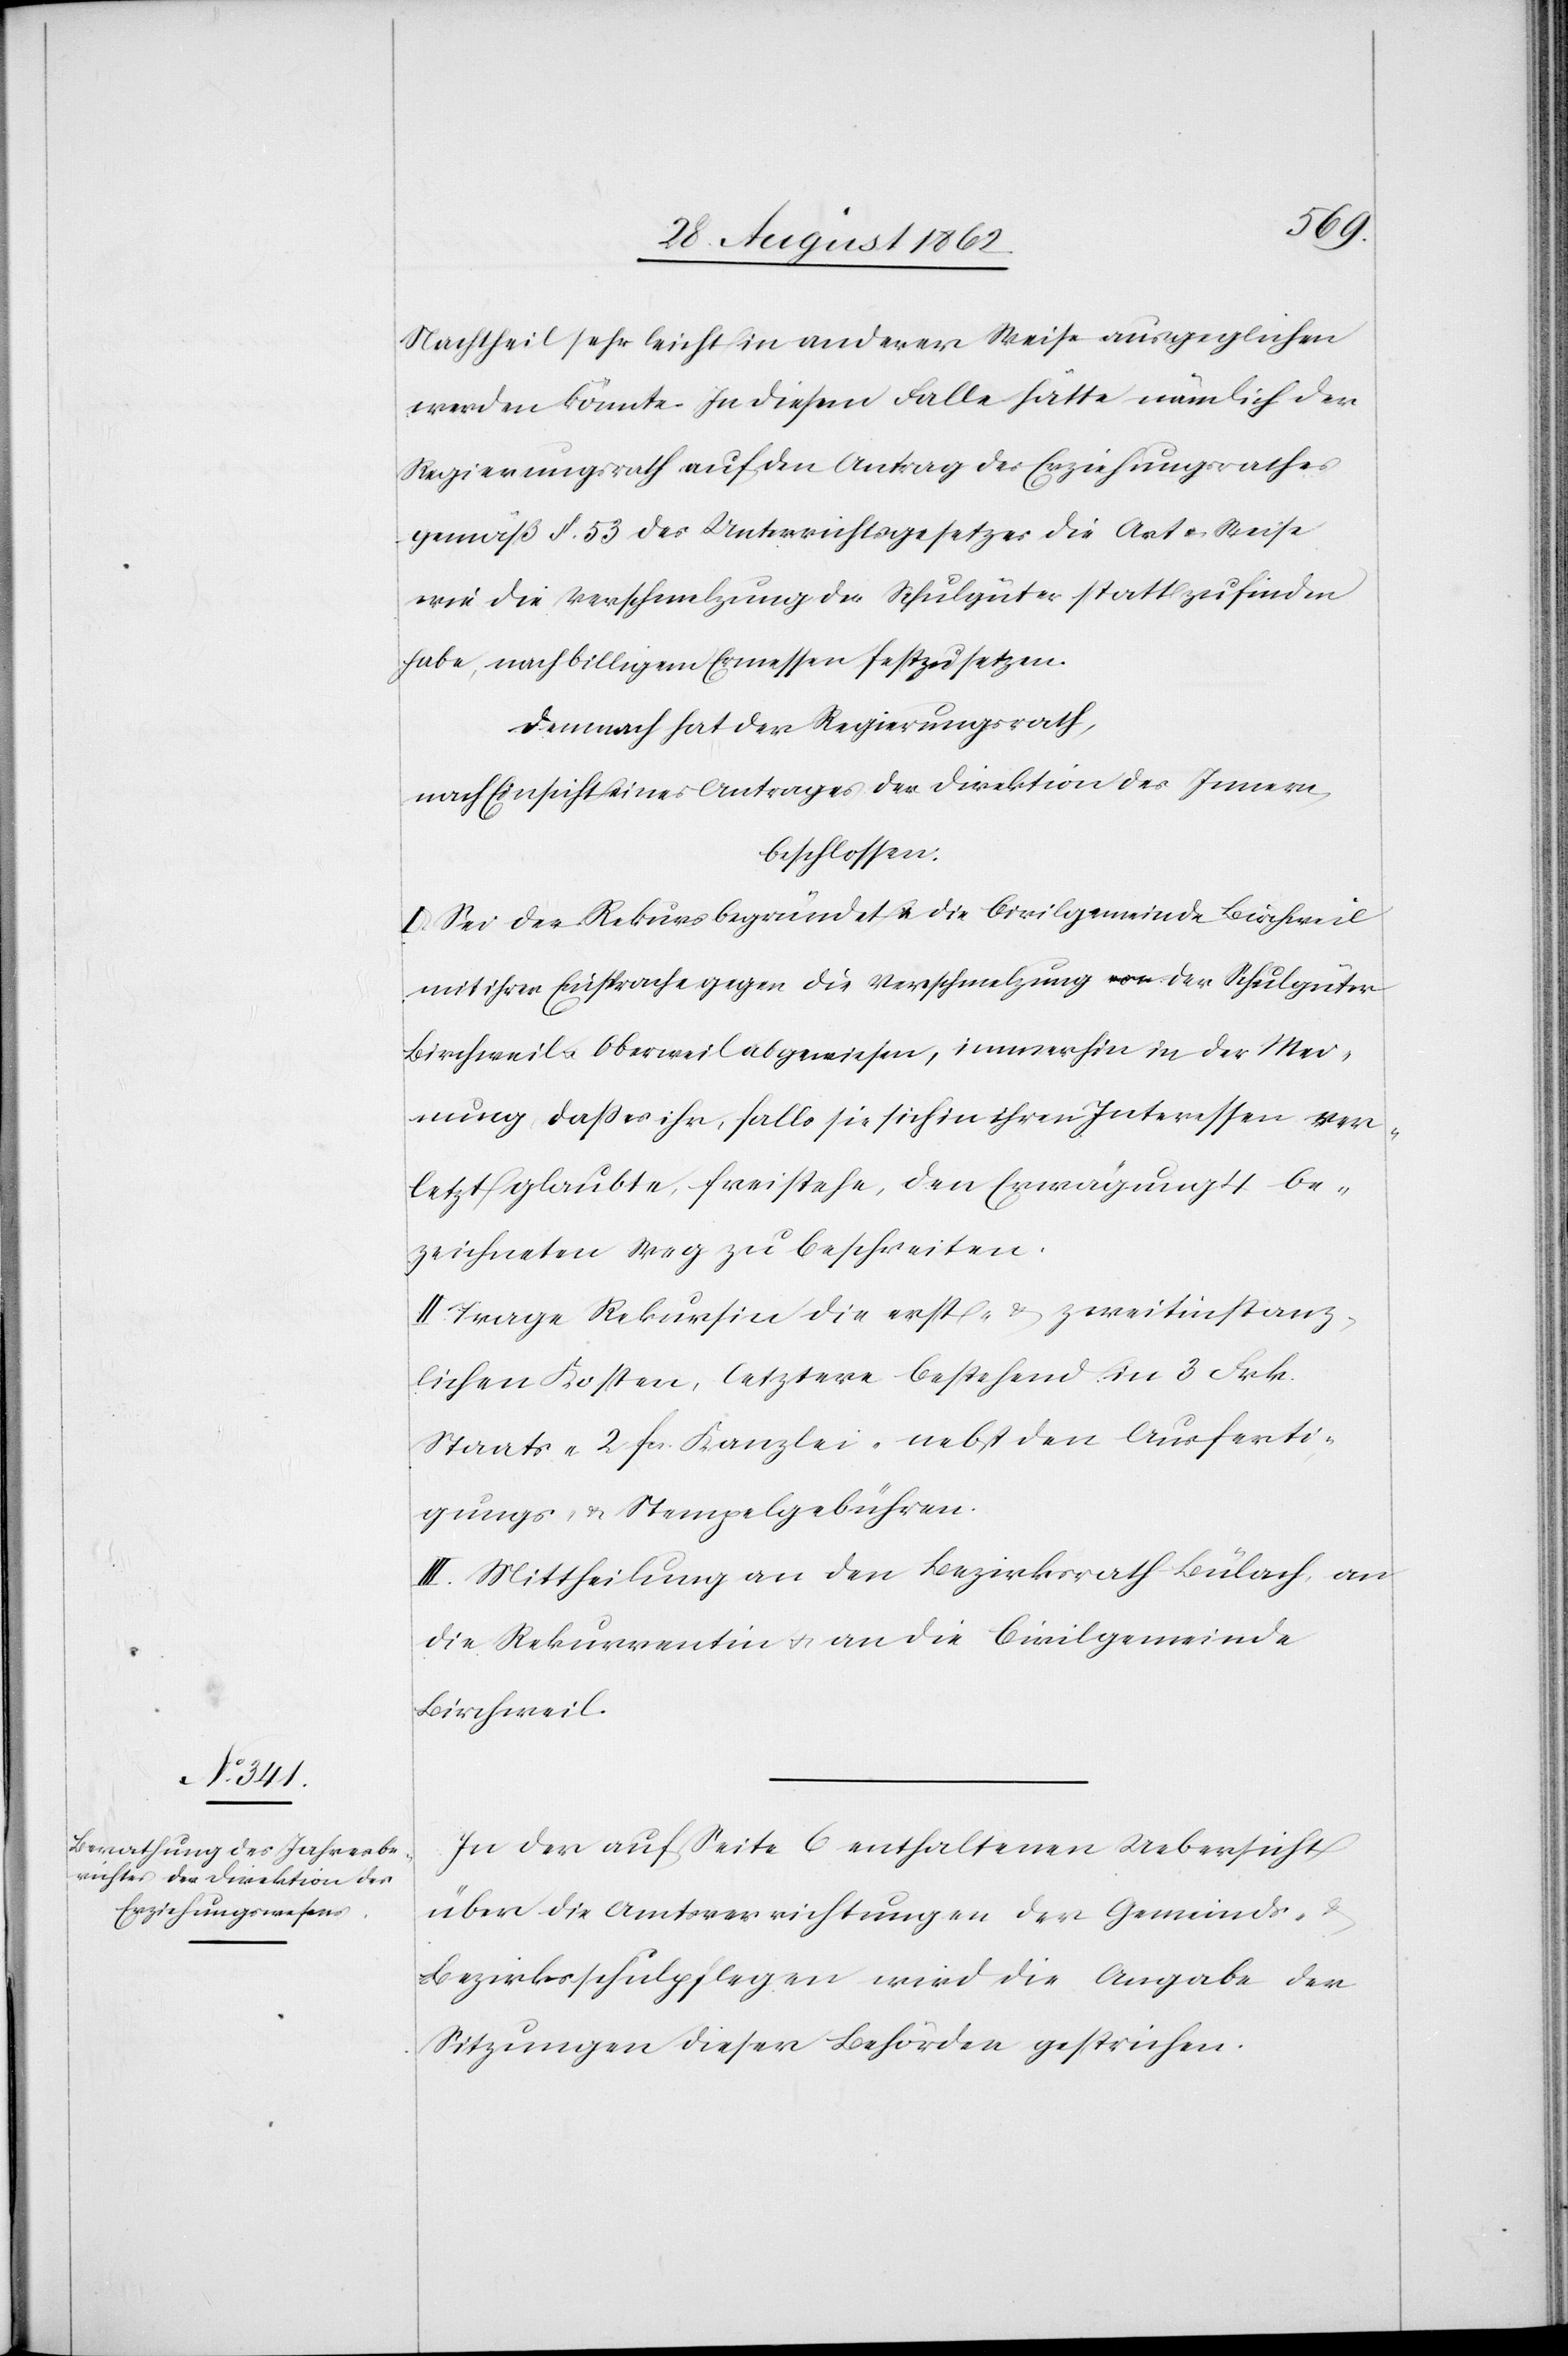
Nachtheil sehr leicht in anderer Weise ausgeglichen
werden könnte. In diesem Falle hätte nämlich der
Regierungsrath auf den Antrag des Erziehungsrathes
gemäß §. 53 des Unterrichtsgesetzes die Art u. Weise
wie die Verschmelzung der Schulgüter stattzufinden
habe, nach billigem Ermessen festzusetzen.
Demnach hat der Regierungsrath,
nach Einsicht eines Antrages der Direktion des Innern,
beschlossen:
I. Sei der Rekurs begründet u. die Civilgemeinde Birchweil
mit ihrer Einsprache gegen die Verschmelzung der Schulgüter
Birchweil u. Oberweil abgewiesen, immerhin in der Mei¬
nung, daß er ihr, falls sie sich in ihren Interessen ver¬
letzt glaubte, freistehe, den Erwägung 4 be¬
zeichneten Weg zu beschreiten.
II. Trage Rekursin die erst- u. zweitinstanz¬
lichen Kosten, letztere bestehend in 3 Frk.
Staats- 2 fcs. Kanzlei- nebst den Ausferti¬
gungs- u. Stempelgebühren.
III. Mittheilung an den Bezirksrath Bülach, an
die Rekurrentin u. an die Civilgemeinde
Birchweil.
In der auf Seite 6 enthaltenen Uebersicht
über die Amtsverrichtungen der Gemeinds-
Bezirksschulpflegen wird die Angabe der
Sitzungen dieser Behörden gestrichen.